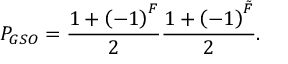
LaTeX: P _ { G S O } = \frac { 1 + \left( - 1 \right) ^ { F } } { 2 } \frac { 1 + \left( - 1 \right) ^ { \tilde { F } } } { 2 } .